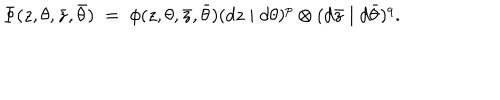
LaTeX: \Phi ( z , \theta , \bar { z } , \bar { \theta } ) \; = \; \phi ( z , \theta , \bar { z } , \bar { \theta } ) ( d z \mid d \theta ) ^ { p } \otimes ( d \bar { z } \mid d \bar { \theta } ) ^ { q } .